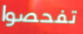
تفحصوا